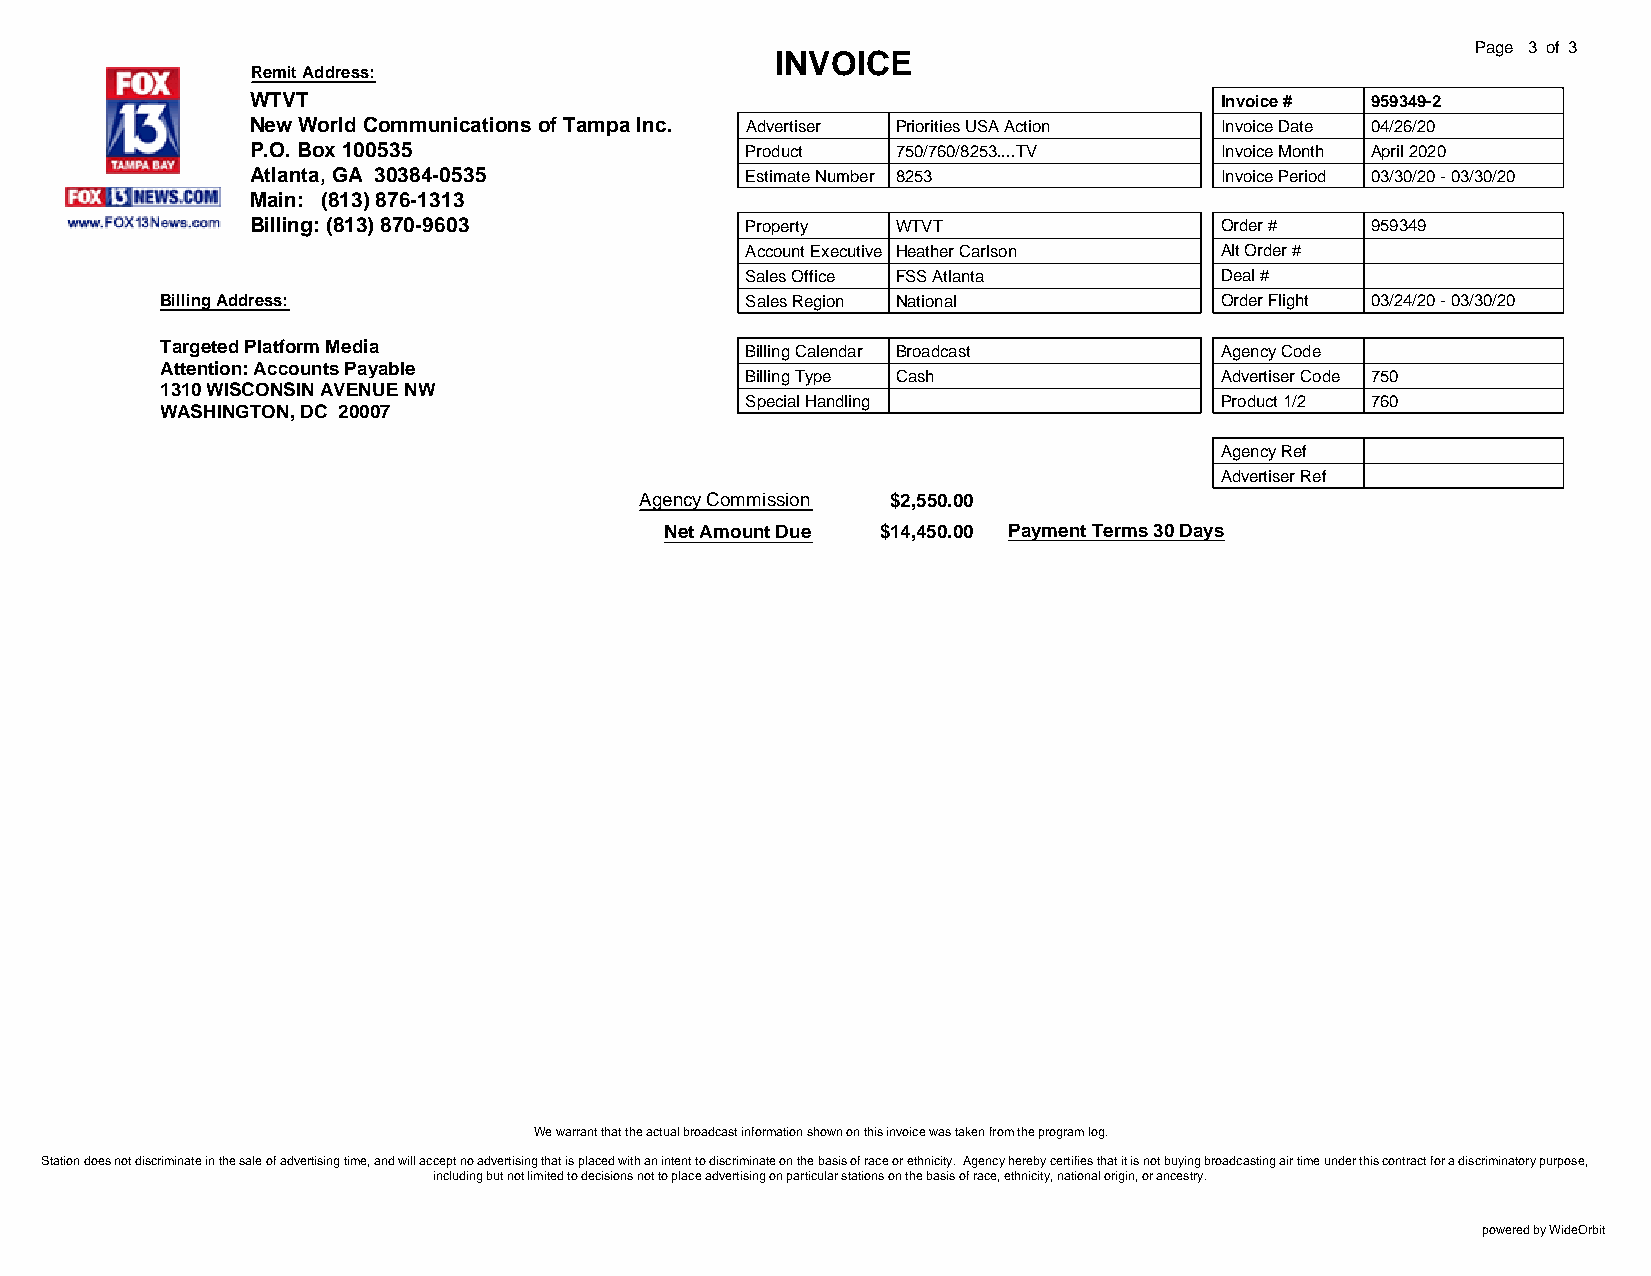
Page 3 of 3
 INVOICE
 Remit Address:
 WTVT                                                            Invoice # 959349-2
 New World Communications of Tampa Inc. Advertiser Priorities USA Action Invoice Date 04/26/20
 P.O. Box 100535                 Product   750/760/8253....TV    Invoice Month April 2020
 Atlanta, GA 30384-0535          Estimate Number 8253            Invoice Period 03/30/20 - 03/30/20
 Main: (813) 876-1313
 Billing: (813) 870-9603         Property  WTVT                  Order #   959349
 Account Executive Heather Carlson Alt Order #
 Sales Office FSS Atlanta        Deal #
 Billing Address:                      Sales Region National           Order Flight 03/24/20 - 03/30/20
 Targeted Platform Media               Billing Calendar Broadcast      Agency Code
 Attention: Accounts Payable
 Billing Type Cash               Advertiser Code 750
 1310 WISCONSIN AVENUE NW
 Special Handling                Product 1/2 760
 WASHINGTON, DC 20007
 Agency Ref
 Advertiser Ref
 Agency Commission $2,550.00
 Net Amount Due $14,450.00 Payment Terms 30 Days
 We warrant that the actual broadcast information shown on this invoice was taken from the program log.
 Station does not discriminate in the sale of advertising time, and will accept no advertising that is placed with an intent to discriminate on the basis of race or ethnicity. Agency hereby certifies that it is not buying broadcasting air time under this contract for a discriminatory purpose,
 including but not limited to decisions not to place advertising on particular stations on the basis of race, ethnicity, national origin, or ancestry.
 powered by WideOrbit